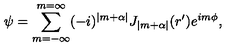
\psi = \sum _ { m = - \infty } ^ { m = \infty } ( - i ) ^ { | m + \alpha | } J _ { | m + \alpha | } ( r ^ { \prime } ) e ^ { i m \phi } ,